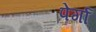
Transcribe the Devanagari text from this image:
पेर्गा